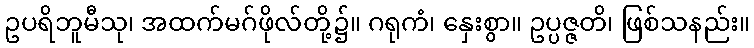
ဥပရိဘူမီသု၊ အထက်မဂ်ဖိုလ်တို့၌။ ဂရုကံ၊ နှေးစွာ။ ဥပ္ပဇ္ဇတိ၊ ဖြစ်သနည်း။